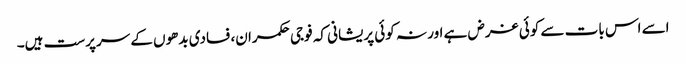
اسے اس بات سے کوئی غرض ہے اور نہ کوئی پریشانی کہ فوجی حکمران، فسادی بدھوں کے سرپرست ہیں۔